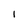
Character: 1